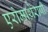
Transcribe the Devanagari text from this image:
एरोमाथेरापी